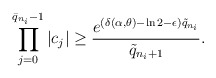
\begin{align*}\prod_{j=0}^{\bar{q}_{n_{i}}-1}\left|c_{j}\right| \geq \frac{e^{(\delta(\alpha, \theta)-\ln 2-\epsilon) \tilde{q}_{n_{i}}}}{\tilde{q}_{n_{i}+1}}.\end{align*}